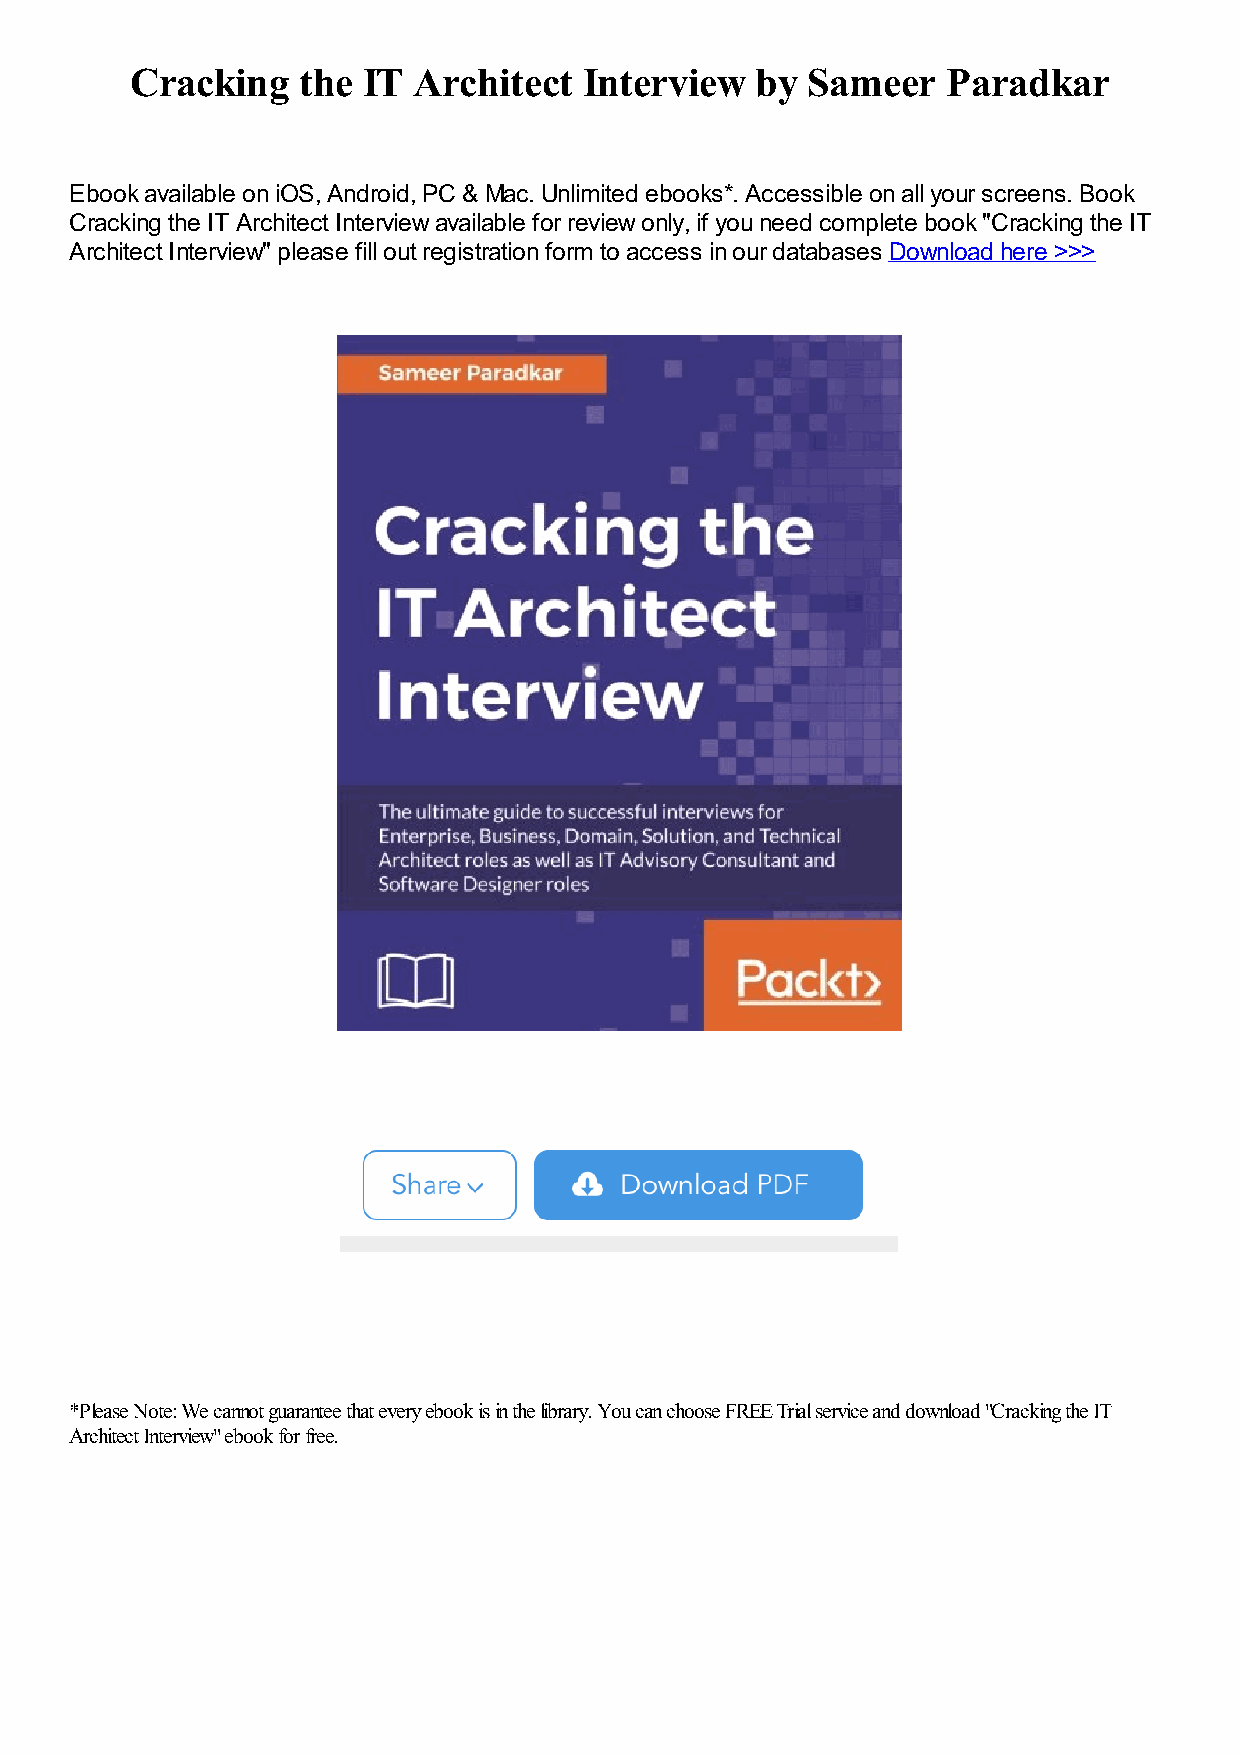
Cracking   the IT Architect   Interview  by Sameer    Paradkar
 Ebook available on iOS, Android, PC & Mac. Unlimited ebooks*. Accessible on all your screens. Book
 Cracking the IT Architect Interview available for review only, if you need complete book "Cracking the IT
 Architect Interview" please fill out registration form to access in our databases Download here >>>
 *Please Note: We cannot guarantee that every ebook is in the library. You can choose FREE Trial service and download "Cracking the IT
 Architect Interview" ebook for free.